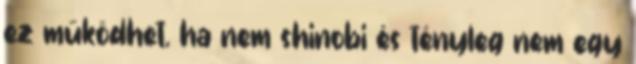
ez működhet. ha nem shinobi és tényleg nem egy